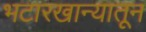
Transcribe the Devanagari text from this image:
भटारखान्यातून